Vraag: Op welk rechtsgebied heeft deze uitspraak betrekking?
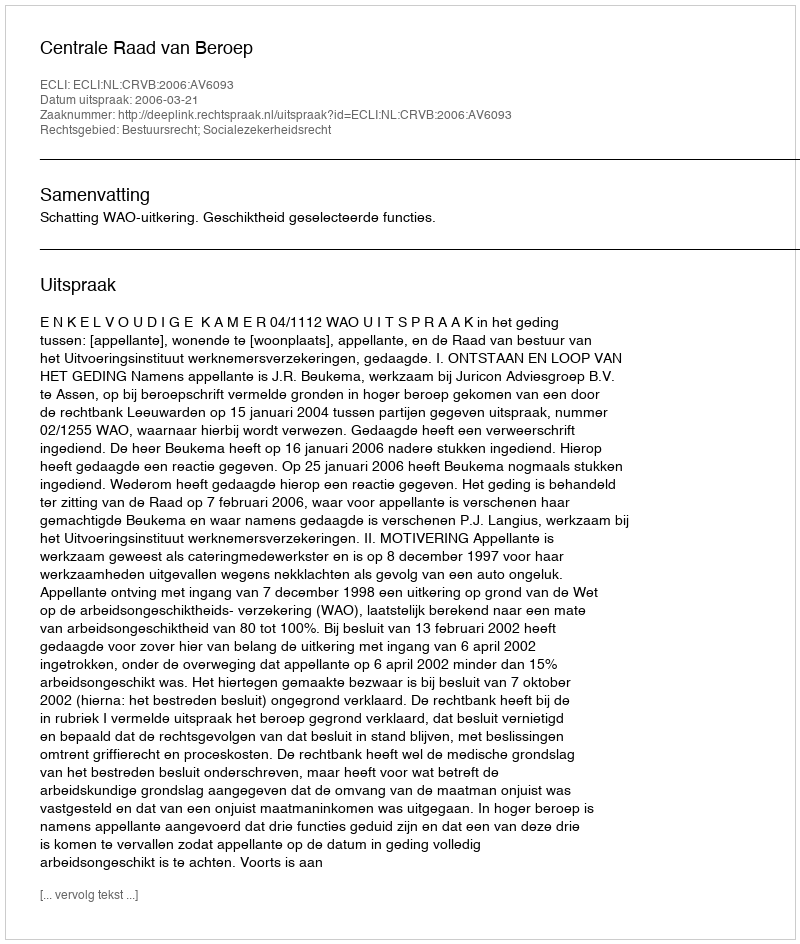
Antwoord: Bestuursrecht; Socialezekerheidsrecht